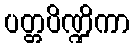
ပတ္တပိဏ္ဍိကာ